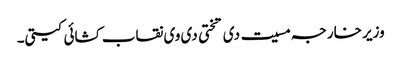
وزیر خارجہ مسیت دی تختی دی وی نقاب کشائی کیتی۔